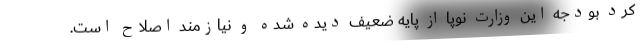
کرد بودجه این وزارت نوپا از پایه ضعیف دیده شده و نیازمند اصلاح است.